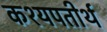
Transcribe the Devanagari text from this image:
कश्यपतीर्थ